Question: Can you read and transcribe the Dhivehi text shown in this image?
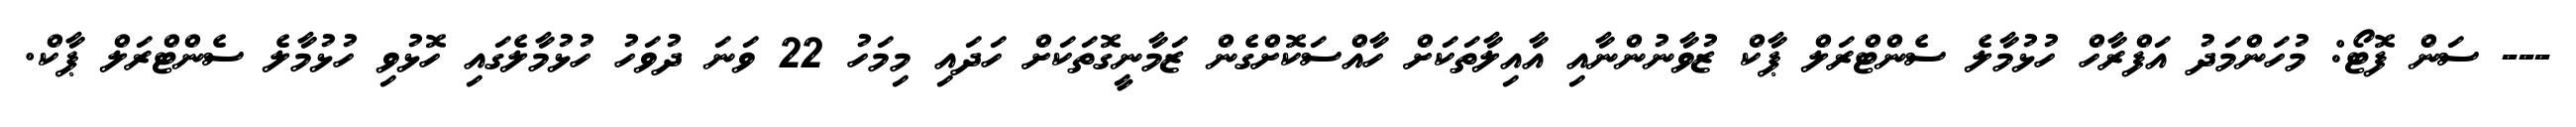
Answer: --- ސަން ފޮޓޯ: މުހަންމަދު އަފްރާހް ހުޅުމާލެ ސެންޓްރަލް ޕާކް ޒުވާނުންނާއި އާއިލާތަކަށް ހާއްސަކޮށްގެން ޒަމާނީގޮތަކަށް ހަދައި މިމަހު 22 ވަނަ ދުވަހު ހުޅުމާލެގައި ހޮޅުވި ހުޅުމާލެ ސެންޓްރަލް ޕާކް.